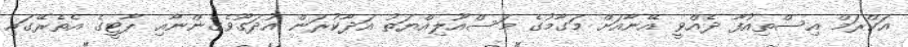
އަކްރަމް އިސްތިއުފާ ދެއްވީ އޭނާއަށް މަގާމުގެ މަސްއޫލިއްޔަތު އަދާކުރަން އުދަގޫވެގެންނާއި ޕާޓީގެ އެެތެރޭގައި